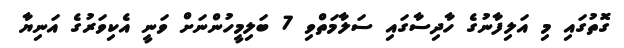
ގޮތުގައި މި އަލިފާނުގެ ހާދިސާގައި ސަލާމަތްވި 7 ބަލިމީހުންނަށް ވަނީ އެކިވަރުގެ އަނިޔާ